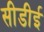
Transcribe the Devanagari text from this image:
सीडीई